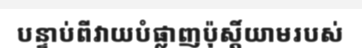
បន្ទាប់ពីវាយបំផ្លាញប៉ុស្តិ៍យាមរបស់